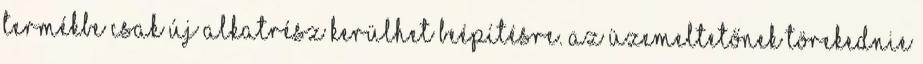
termékbe csak új alkatrész kerülhet beépítésre. Az üzemeltetőnek törekednie